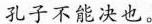
孔子不能决也。